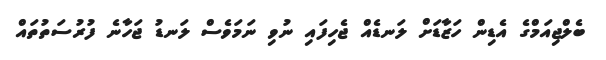
ބެލްޖިއަމްގެ އެޑިން ހަޒާޑަށް ލަނޑެއް ޖެހިފައި ނުވި ނަމަވެސް ލަނޑު ޖަހާނެ ފުރުސަތުތައް